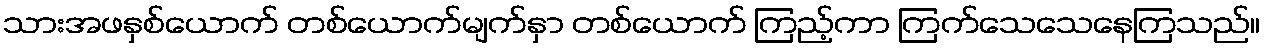
သားအဖနှစ်ယောက် တစ်ယောက်မျက်နှာ တစ်ယောက် ကြည့်ကာ ကြက်သေသေနေကြသည်။